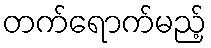
တက်ရောက်မည့်